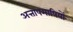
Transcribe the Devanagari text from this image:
अत्तापमापियों